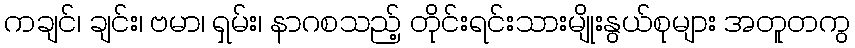
ကချင်၊ ချင်း၊ ဗမာ၊ ရှမ်း၊ နာဂစသည့် တိုင်းရင်းသားမျိုးနွယ်စုများ အတူတကွ